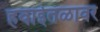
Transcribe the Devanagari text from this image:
हवाईतळावर